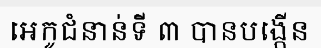
អេកូជំនាន់ទី ៣ បានបង្កើន